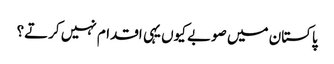
پاکستان میں صوبے کیوں یہی اقدام نہیں کرتے؟